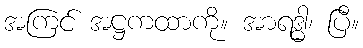
အကြင် အဋ္ဌကထာကို။ အာရဒ္ဓါ၊ ပြီ။